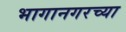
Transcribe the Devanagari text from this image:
भागानगरच्या